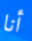
أنا